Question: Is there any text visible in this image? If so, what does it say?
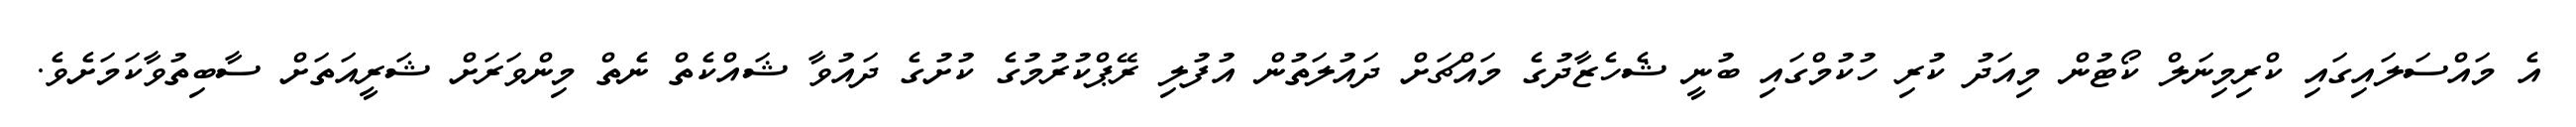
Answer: އެ މައްސަލައިގައި ކްރިމިނަލް ކޯޓުން މިއަދު ކުރި ހުކުމްގައި ބުނީ ޝެހެޒާދުގެ މައްޗަށް ދައުލަތުން އުފުލި ރޭޕްކުރުމުގެ ކުށުގެ ދައުވާ ޝައްކެތް ނެތް މިންވަރަށް ޝަރީއަތަށް ސާބިތުވާކަމަށެވެ.